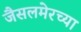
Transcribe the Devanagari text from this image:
जैसलमेरच्या